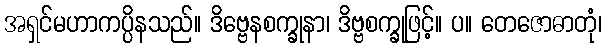
အရှင်မဟာကပ္ပိနသည်။ ဒိဗ္ဗေနစက္ခုနာ၊ ဒိဗ္ဗစက္ခုဖြင့်။ ပ။ တေဇောဓာတုံ၊